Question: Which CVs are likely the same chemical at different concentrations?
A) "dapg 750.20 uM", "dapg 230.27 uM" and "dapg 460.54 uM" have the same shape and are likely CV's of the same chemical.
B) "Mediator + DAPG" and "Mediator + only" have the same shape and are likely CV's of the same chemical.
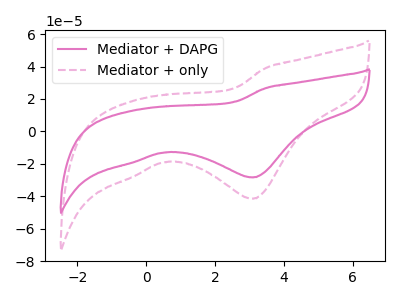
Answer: <think>The pink curve "Mediator + DAPG" has a cathodic peak at: (3.10V, -28.35uA). The pink dashed curve "Mediator + only" has a cathodic peak at: (3.10V, -41.50uA).
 All the peaks in "Mediator + DAPG" have a peak in "Mediator + only" at the same potential. Every peak in "Mediator + DAPG" is lower than every peak in "Mediator + only".</think>
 <answer>B) "Mediator + DAPG" and "Mediator + only" have the same shape and are likely CV's of the same chemical.</answer>
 <eval>B</eval>